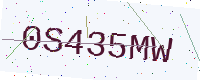
Text: 0S435MW